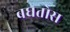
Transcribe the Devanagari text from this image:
बघतोस